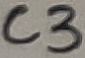
Text: C3